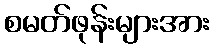
စမတ်ဖုန်းများအား